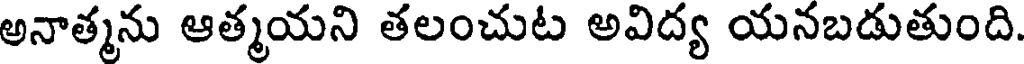
అనాత్మను ఆత్మయని తలంచుట అవిద్య యనబడుతుంది.